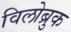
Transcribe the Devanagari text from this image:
विलोब्रुक